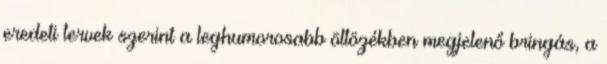
eredeti tervek szerint a leghumorosabb öltözékben megjelenő bringás, a